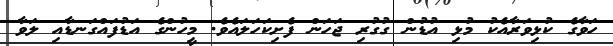
ހަވާގެ ކުޅިވަރާއެކު މުޅި އުޑުން ގުގުރި ޖަހަން ފެށިކަހަލައެވެ. މީހުންގެ އަޑުފައްގަނޑާއި ލަވާ